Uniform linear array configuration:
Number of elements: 32
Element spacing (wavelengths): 0.75
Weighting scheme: cosine
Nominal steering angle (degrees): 45
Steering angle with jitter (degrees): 45.76
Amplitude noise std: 0.05
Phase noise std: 0.05

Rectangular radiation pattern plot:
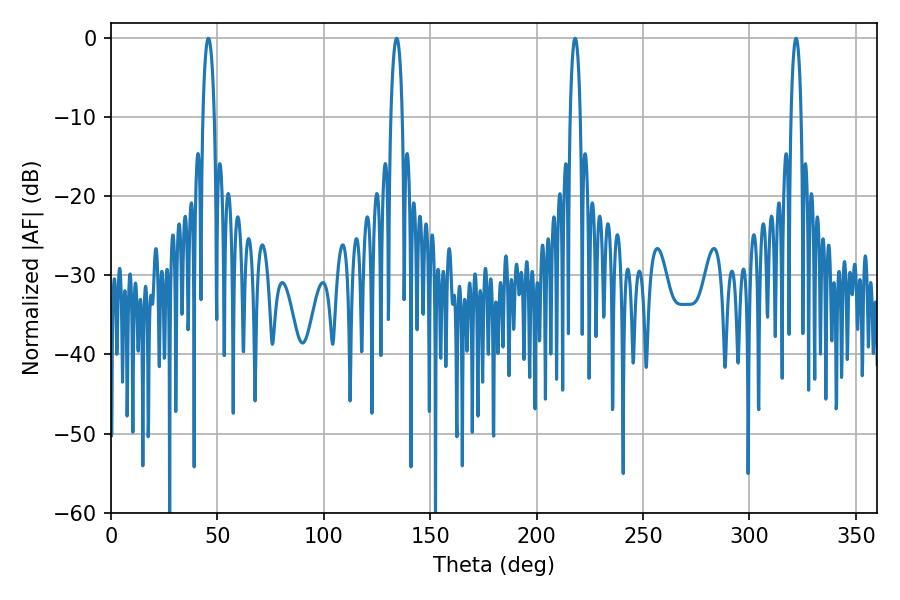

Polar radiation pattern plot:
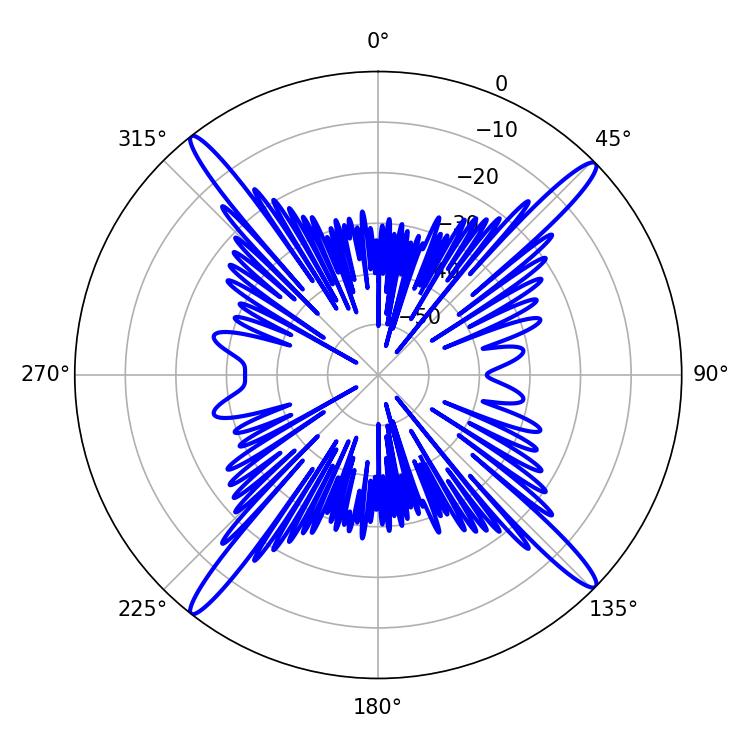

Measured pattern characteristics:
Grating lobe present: TRUE
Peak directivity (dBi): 20.014
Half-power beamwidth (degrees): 3.06
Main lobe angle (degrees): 45.72